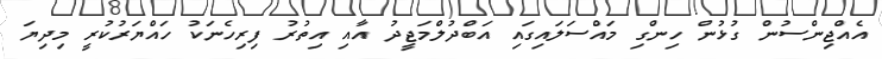
އެއްޖިންސުން ގުޅުން ހިންގި މައްސަލައިގައި އަބްދުލްމަޖީދު އާއި އިތުރު ފިރިހެނަކު ހައްޔަރުކުރީ މިދިޔަ